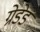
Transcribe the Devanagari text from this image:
ग्रेडेड